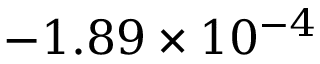
- 1 . 8 9 \times 1 0 ^ { - 4 }